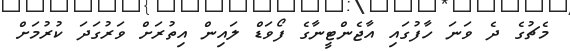
މެޗުގެ ދެ ވަނަ ހާފުގައި އާޖެންޓީނާގެ ފޯވަޑް ލައިން އިތުރަށް ވަރުގަދަ ކުރުމަށް